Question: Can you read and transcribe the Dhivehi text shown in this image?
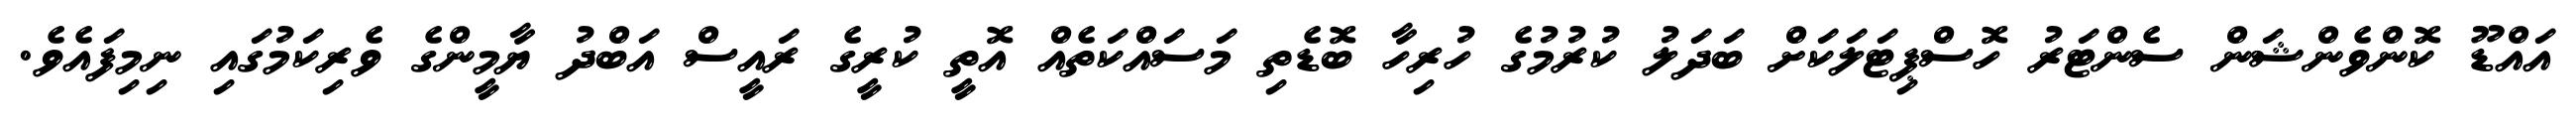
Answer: އައްޑޫ ކޮންވެންޝަން ސެންޓަރު ހޮސްޕިޓަލަކަށް ބަދަލު ކުރުމުގެ ހުރިހާ ބޮޑެތި މަސައްކަތެއް އޮތީ ކުރީގެ ރައީސް އަބްދު ޔާމީންގެ ވެރިކަމުގައި ނިމިފައެވެ.